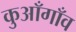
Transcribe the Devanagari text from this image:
कुआँगाँव